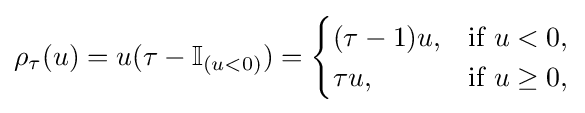
\rho _{\tau }(u)=u(\tau -\mathbb {I} _{(u<0)})={\begin{cases}(\tau -1)u,&{\text{if }}u<0,\\\tau u,&{\text{if }}u\geq 0,\end{cases}}